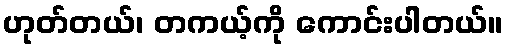
ဟုတ်တယ်၊ တကယ့်ကို ကောင်းပါတယ်။